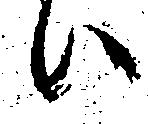
ハ